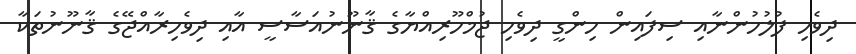
ދިވެހި ފުލުހުންނާއި ސިފައިން ހިންގީ ދިވެހި ޖުމްހޫރިއްޔާގެ ޤާނޫނުއަސާސީ އާއި ދިވެހިރާއްޖޭގެ ޤާނޫނުތަކާ